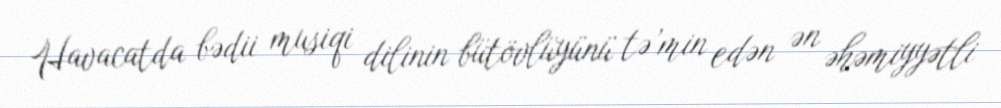
Havacatda bədii musiqi dilinin bütövlüyünü tə’min edən ən əhəmiyyətli